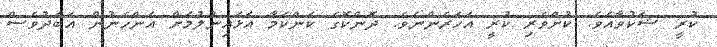
ކުރީ ޝަކުވާއެވެ. ކުށްވެރި ކުރީ އަހަރެންނެވެ. ދޮންކޮގެ ކަންކަމާ އަޅައިނުލުމަށް އަންހެނުން އަބަދުވެސް